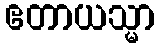
ဧတာယသ္မာ